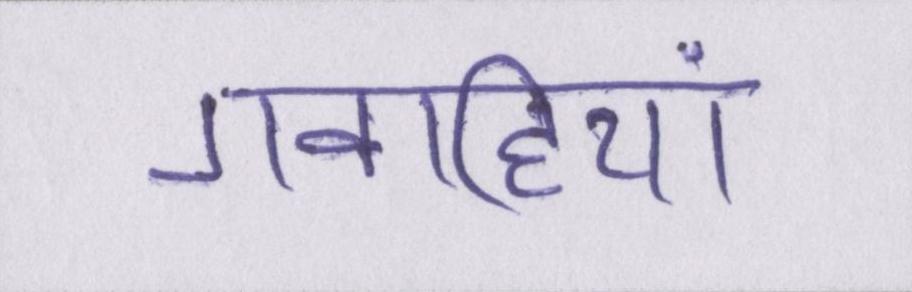
गवाहियां